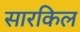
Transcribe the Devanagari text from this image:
सारकिल